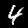
Label: 4